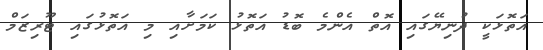
އަތޮޅަކީ ދުނިޔޭގައި އޮތް އެންމެ ބޮޑު އަތޮޅު ކަމަށާއި މި އަތޮޅުގައި ޓޫރިޒަމް